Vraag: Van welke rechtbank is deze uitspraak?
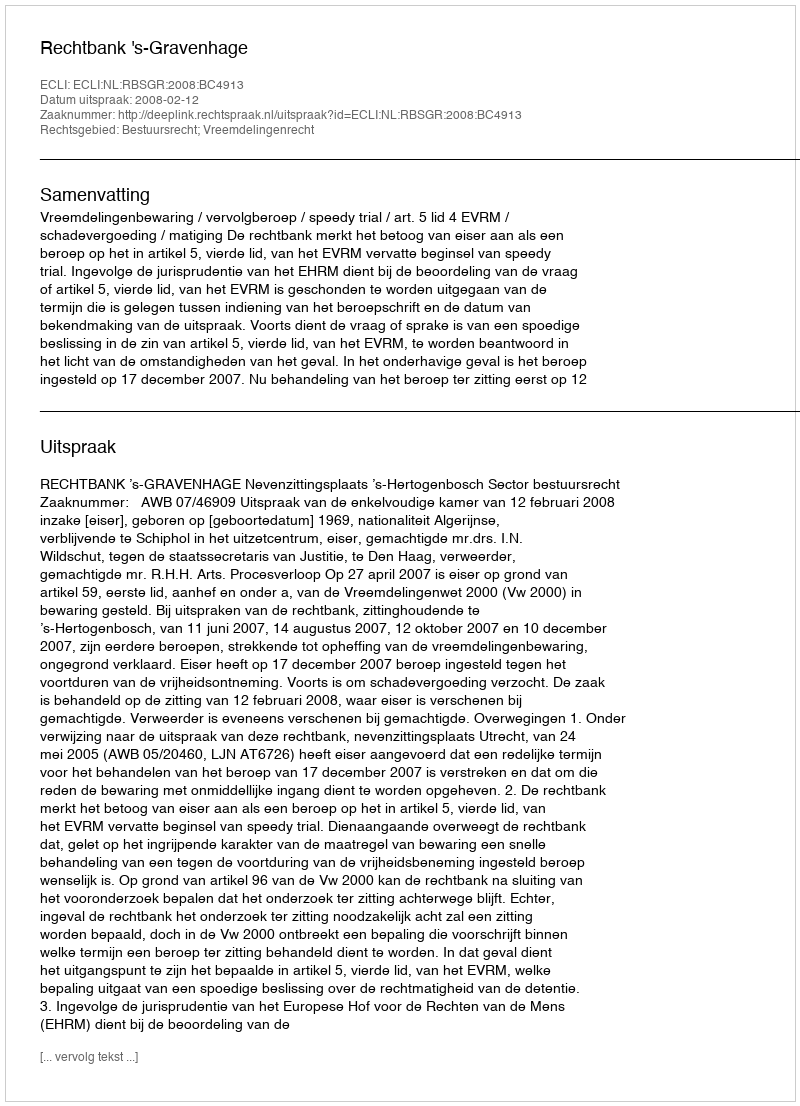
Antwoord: Rechtbank 's-Gravenhage